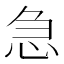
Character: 急